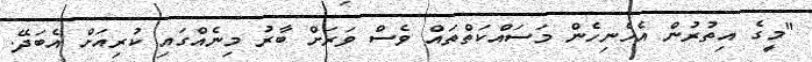
"މީގެ އިތުރުން އެހެނިހެން މަސައްކަތްތައް ވެސް ވަރަށް ބާރު މިނެއްގައި ކުރިއަށް އެބަދޭ.